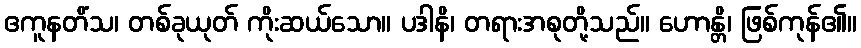
ဧကူနတိံသ၊ တစ်ခုယုတ် ကိုးဆယ်သော။ ပဒါနိ၊ တရားအစုတို့သည်။ ဟောန္တိ၊ ဖြစ်ကုန်၏။